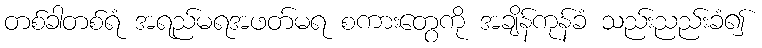
တစ်ခါတစ်ရံ အရည်မရအဖတ်မရ စကားတွေကို အချိန်ကုန်ခံ သည်းညည်းခံ၍